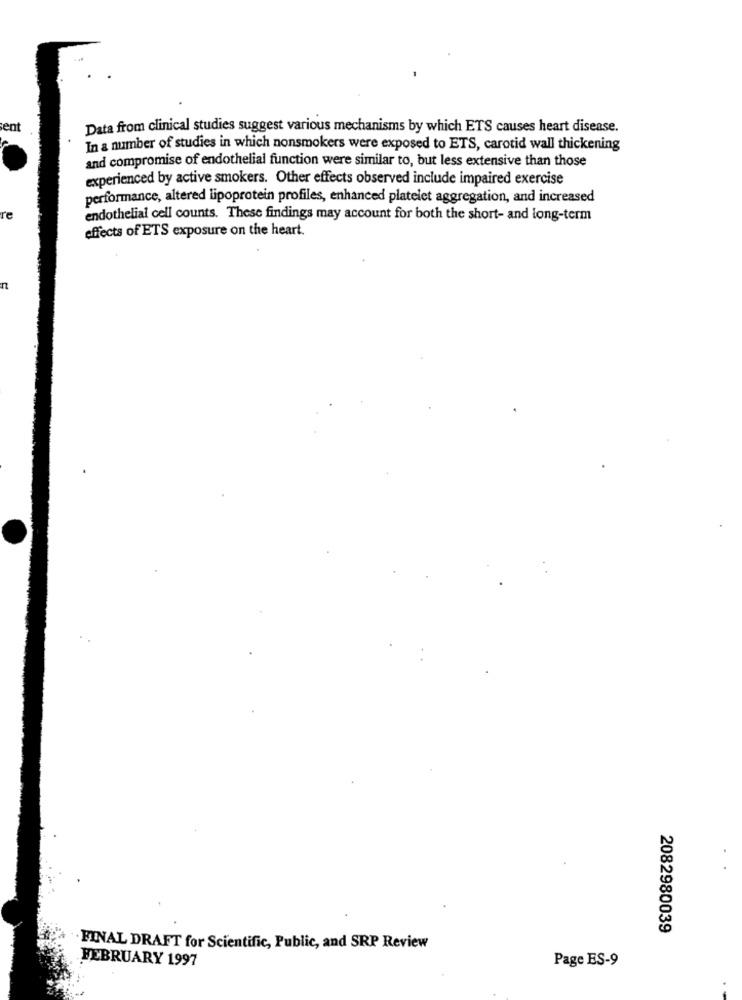
ent
Data from clinical studies suggest various mechanisms by which ETS causes heart disease.
In a number of studies in which nonsmokers were exposed to ETS, carotid wall thickening
and compromise of endothelial function were similar to, but less extensive than those
experienced by active smokers. Other effects observed include impaired exercise
performance, altered lipoprotein profiles, enhanced platelet aggregation, and increased
re
endothelial cell counts. These findings may account for both the short- and long-term
effects of ETS exposure on the heart.
n
2082980039
FINAL DRAFT for Scientific, Public, and SRP Review
FEBRUARY 1997
Page ES-9